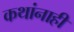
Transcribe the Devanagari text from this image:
कथांनाही